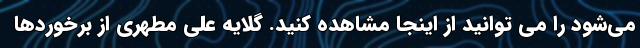
می‌شود را می توانید از اینجا مشاهده کنید. گلایه علی مطهری از برخوردها